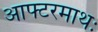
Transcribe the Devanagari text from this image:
आफ्टरमाथः